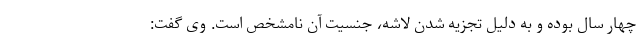
چهار سال بوده و به دلیل تجزیه شدن لاشه، جنسیت آن نامشخص است. وی گفت: